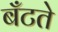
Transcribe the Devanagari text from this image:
बँटते